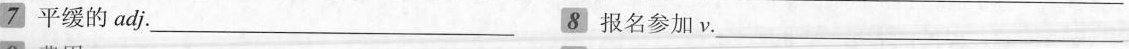
7平缓的adj.___8报名参加ν.___